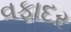
વફાદર